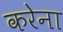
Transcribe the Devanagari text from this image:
करेना